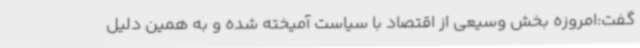
گفت:امروزه بخش وسیعی از اقتصاد با سیاست آمیخته شده و به همین دلیل